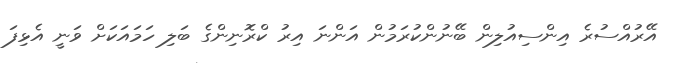
އޭރުއްސުރެ އިންސިއުލިން ބޭނުންކުރަމުން އަންނަ އިރު ކްރޮނިންގެ ބަލި ހަމައަކަށް ވަނީ އެޅިފަ